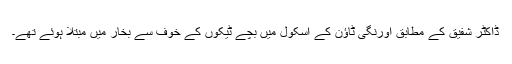
ڈاکٹر شفیق کے مطابق اورنگی ٹاؤن کے اسکول میں بچے ٹیکوں کے خوف سے بخار میں مبتلا ہوئے تھے۔